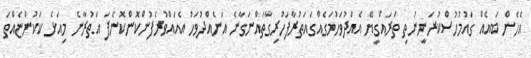
އެހެން ބައެއް ގައުމުހުސްކުރަނީނުތި ތަރައްގީޔޭ އެއްދުވަހުމަގެއްގައަތުރާފަހުރިގާތައްނަގާނެ އަނެއްދުވަހު އެއައްވުރެފުންކޮންކޮނެފަ އަތުރާނެ މިއަޅެ ކަކުންޏެއްތަ